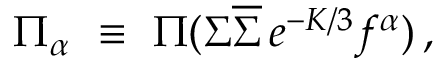
\Pi _ { \alpha } ~ \equiv ~ \Pi ( \Sigma \overline { { { \Sigma } } } \, e ^ { - K / 3 } f ^ { \alpha } ) \, ,